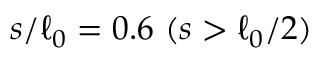
s / \ell _ { 0 } = 0 . 6 \ ( s > \ell _ { 0 } / 2 )